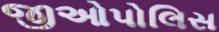
જીઓપોલિસ